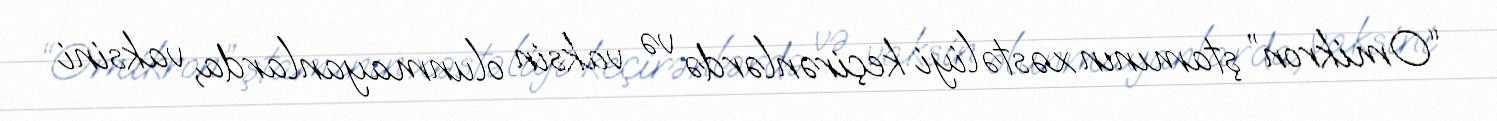
“Omikron” ştamının xəstəliyi keçirənlərdə və vaksin olunmayanlarda, vaksini